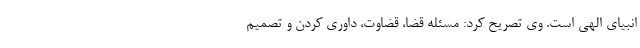
انبیای الهی است. وی تصریح کرد: مسئله قضا، قضاوت، داوری کردن و تصمیم